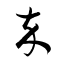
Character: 卒